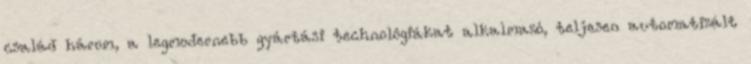
család három, a legmodernebb gyártási technológiákat alkalmazó, teljesen automatizált